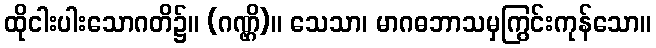
ထိုငါးပါးသောဂတိ၌။ (ဂဏ္ဌိ)။ သေသာ၊ မာဂဓဘာသမှကြွင်းကုန်သော။